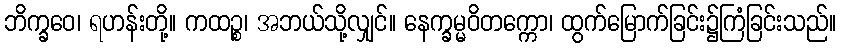
ဘိက္ခဝေ၊ ရဟန်းတို့။ ကထဉ္စ၊ အဘယ်သို့လျှင်။ နေက္ခမ္မဝိတက္ကော၊ ထွက်မြောက်ခြင်း၌ကြံခြင်းသည်။